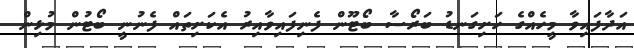
އަދާފައިވާ މީހެއްގެ ހަށިގަނޑު ބަރޯސާ ބޯޓޫން ފެނިފައިވާއިރު އެކަށިތައް ފެނުނީ ބޯޓުން މުޅިން